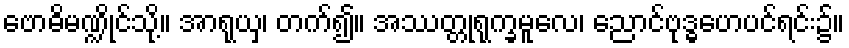
ဗောဓိမဏ္ဍိုင်သို့။ အာရုယှ၊ တက်၍။ အဿတ္တုရုက္ခမူလေ၊ ညောင်ဗုဒ္ဓဟေပင်ရင်း၌။